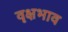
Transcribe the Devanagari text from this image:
वृक्षभाव